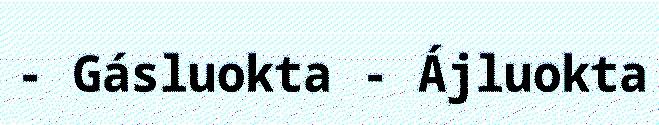
- Gásluokta - Ájluokta